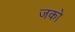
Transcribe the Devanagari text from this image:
जको